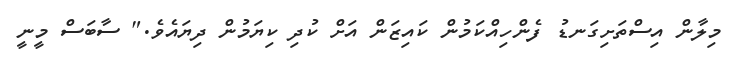
މިލާން އިސްތަށިގަނޑު ފެންހިއްކަމުން ކައިޒަން އަށް ކުދި ކިޔަމުން ދިޔައެވެ." ސާބަސް މީނީ